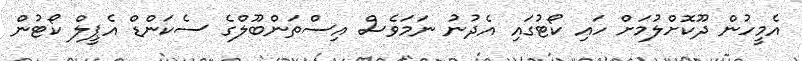
އެމީހުން ދޫކޮށްލުމަށް ހައި ކޯޓުގައި އެދުނު ނަމަވެސް އިސްތަންބޫލްގެ ސެކަންޑް އެޕީލް ކޯޓުން